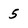
Character: 5